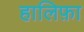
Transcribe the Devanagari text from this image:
हालिफ़ा